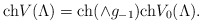
\begin{align*}\hbox {ch}V(\Lambda)=\hbox{ch}(\wedge g_{-1})\hbox {ch}V_0(\Lambda). \end{align*}